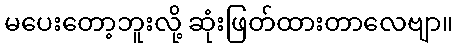
မပေးတော့ဘူးလို့ ဆုံးဖြတ်ထားတာလေဗျာ။